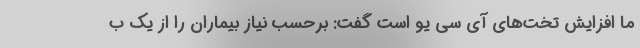
ما افزایش تخت‌های آی سی یو است گفت: برحسب نیاز بیماران را از یک ب